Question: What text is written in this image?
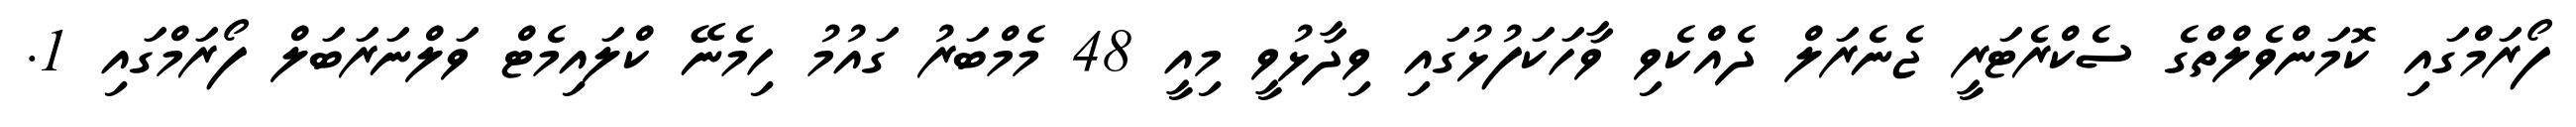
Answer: ފޯރަމްގައި ކޮމަންވެލްތްގެ ސެކްރެޓަރީ ޖެނެރަލް ދެއްކެވި ވާހަކަފުޅުގައި ވިދާޅުވީ މިއީ 48 މެމްބަރު ގައުމު ހިމެނޭ ކްލައިމެޓް ވަލްނަރަބަލް ފޯރަމްގައި 1.